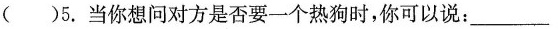
（ ）5.当你想问对方是否要一个热狗时,你可以说___: